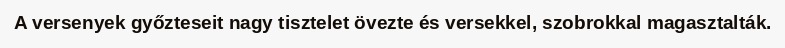
A versenyek győzteseit nagy tisztelet övezte és versekkel, szobrokkal magasztalták.